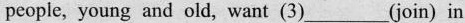
people, young and old, want (3)___(join) in